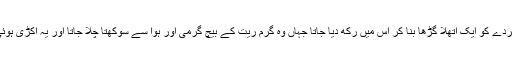
ابتداء4ً ممی بنانے کا طریقہ نسبتا آسان تھا مردے کو ایک اتھلا گڑھا بنا کر اس میں رکھ دیا جاتا جہاں وہ گرم ریت کے بیچ گرمی اور ہوا سے سوکھتا چلا جاتا اور یہ اکڑی ہوئی لاش ممی کی صورت محفوظ کر لی جاتی۔